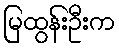
မြထွန်းဦးက